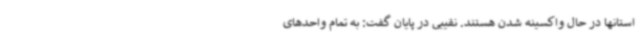
استانها در حال واکسینه شدن هستند. نقیبی در پایان گفت: به تمام واحدهای